Indian journal of veterinary science and animal husbandry - Volumes 28-29, 1958-1959
Year: 1958
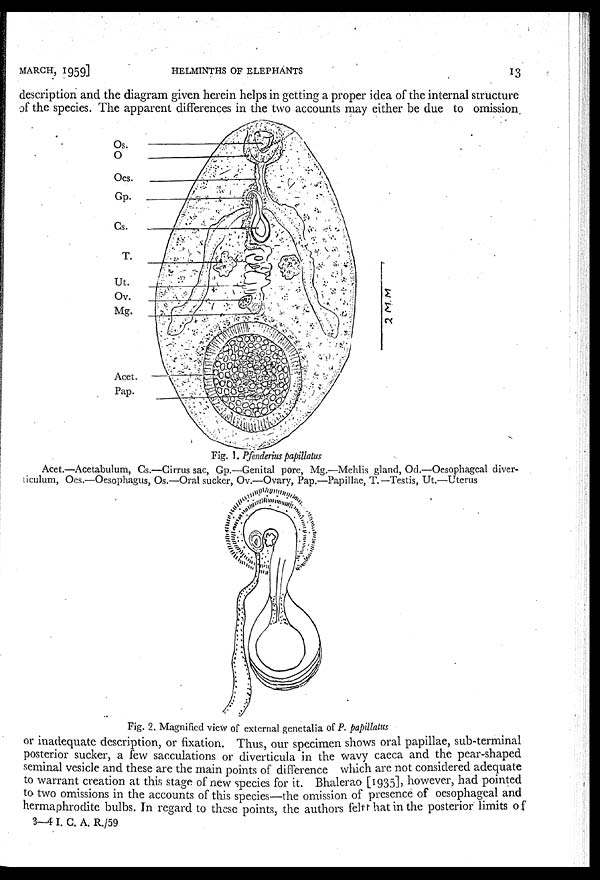
MARCH,
1959]
HELMINTHS OF ELEPHANTS
13
description and the diagram given herein helps in getting a proper idea of the internal structure
of the species. The apparent differences in the two accounts may either be due to omission
Fig. 1. Pfenderius papillatus
Acet.—Acetabulum, Cs.—Cirrus sac, Gp.—Genital pore, Mg.—Mehlis gland, Od.—Oesophageal diver-
ticulum, Oes.—Oesophagus, Os.—Oral sucker, Ov.—Ovary, Pap.—Papillae, T.—Testis, Ut.—Uterus
Fig. 2. Magnified view of external genetalia of P. papillatus
or inadequate description, or fixation. Thus, our specimen shows oral papillae, sub-terminal
posterior sucker, a few sacculations or diverticula in the wavy caeca and the pear-shaped
seminal vesicle and these are the main points of difference which are not considered adequate
to warrant creation at this stage of new species for it. Bhalerao [1935], however, had pointed
to two omissions in the accounts of this species—the omission of presence of oesophageal and
hermaphrodite bulbs. In regard to these points, the authors feltt hat in the posterior limits of
3—4 I. C. A. R./59